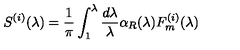
S ^ { ( i ) } ( \lambda ) = \frac 1 \pi \int _ { 1 } ^ { \lambda } \frac { d \lambda } \lambda \alpha _ { R } ( \lambda ) F _ { m } ^ { ( i ) } ( \lambda )